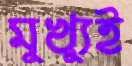
মুখ্যুই